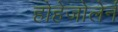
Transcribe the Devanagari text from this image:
होहेजोलेर्न